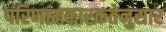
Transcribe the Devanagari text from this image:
परिणामकारकतेनुसार